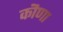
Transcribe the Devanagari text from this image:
कॊणा